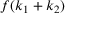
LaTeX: f ( k _ { 1 } + k _ { 2 } )